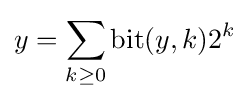
y=\sum _{k\geq 0}\mathrm {bit} (y,k)2^{k}